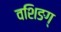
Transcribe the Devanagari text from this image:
वशिङग्